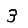
Digit: 3